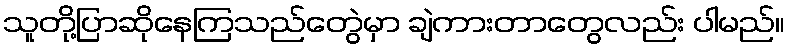
သူတို့ပြာဆိုနေကြသည်တွေဲမှာ ချဲကားတာတွေလည်း ပါမည်။